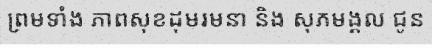
ព្រមទាំង ភាពសុខដុមរមនា និង សុភមង្គល ជូន